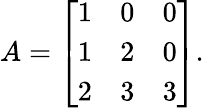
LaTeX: A={\left[\begin{array}{lll}{1}&{0}&{0}\\ {1}&{2}&{0}\\ {2}&{3}&{3}\end{array}\right]}.